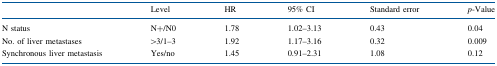
<table><thead><tr><td></td><td><b>Level</b></td><td><b>HR</b></td><td><b>95% CI</b></td><td><b>Standard error</b></td><td><b><i>p</i>-Value</b></td></tr></thead><tbody><tr><td>N status</td><td>N+/N0</td><td>1.78</td><td>1.02–3.13</td><td>0.43</td><td>0.04</td></tr><tr><td>No. of liver metastases</td><td>&gt;3/1–3</td><td>1.92</td><td>1.17–3.16</td><td>0.32</td><td>0.009</td></tr><tr><td>Synchronous liver metastasis</td><td>Yes/no</td><td>1.45</td><td>0.91–2.31</td><td>1.08</td><td>0.12</td></tr></tbody></table>